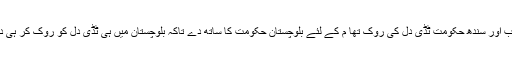
زمرک خان اچکزئی کا مزید کہناتھاکہ پنجاب اور سندھ حکومت ٹڈی دل کی روک تھا م کے لئے بلوچستان حکومت کا ساتھ دے تاکہ بلوچستان میں ہی ٹڈی دل کو روک کر ہی دیگر صوبوں کو نقصان سے بچایا جاسکے ۔